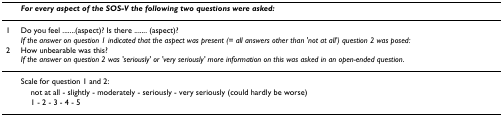
<table><thead><tr><td></td><td><b><i>For every aspect of the SOS-V the following two questions were asked:</i></b></td></tr></thead><tbody><tr><td>1</td><td>Do you feel .......(aspect)? Is there ....... (aspect)?<i>If the answer on question 1 indicated that the aspect was present (= all answers other than &#x27;not at all&#x27;) question 2 was posed:</i></td></tr><tr><td>2</td><td>How unbearable was this?<i>If the answer on question 2 was &#x27;seriously&#x27; or &#x27;very seriously&#x27; more information on this was asked in an open-ended question</i>.</td></tr><tr><td></td><td>Scale for question 1 and 2:</td></tr><tr><td></td><td> not at all - slightly - moderately - seriously - very seriously (could hardly be worse)</td></tr><tr><td></td><td> 1 - 2 - 3 - 4 - 5</td></tr></tbody></table>